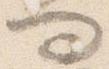
問